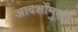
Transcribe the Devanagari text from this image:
आदर्शोंमुखी